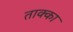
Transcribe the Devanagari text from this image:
ताक्का